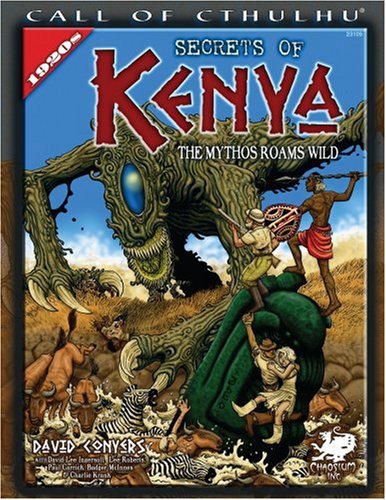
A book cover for Secrets of Kenya: The Mythos Roams Wild (Call of Cthulhu); David Conyers; Science Fiction & Fantasy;